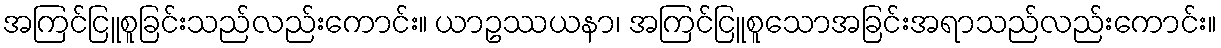
အကြင်ငြူစူခြင်းသည်လည်းကောင်း။ ယာဥဿယနာ၊ အကြင်ငြူစူသောအခြင်းအရာသည်လည်းကောင်း။